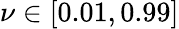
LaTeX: \nu\in[0.01,0.99]